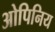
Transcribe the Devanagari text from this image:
ओपिनिय